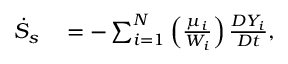
\begin{array} { r l } { \Dot { S } _ { s } } & { { } = - \sum _ { i = 1 } ^ { N } \left( \frac { \mu _ { i } } { W _ { i } } \right) \frac { D Y _ { i } } { D t } , } \end{array}